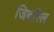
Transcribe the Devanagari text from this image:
जिबरिल